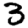
Digit: 3